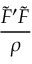
\frac { { \tilde { \cal F } ^ { \prime } } { { \tilde { \cal F } } } } { \rho }